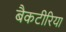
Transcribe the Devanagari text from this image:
बैकटीरिया